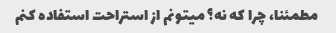
مطمئنا، چرا که نه؟ میتونم از استراحت استفاده کنم